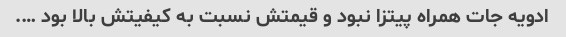
ادویه جات همراه پیتزا نبود و قیمتش نسبت به کیفیتش بالا بود ….